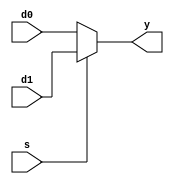

`default_nettype none

module mux21 (y, d1, d0, s);
	// Parameters
	parameter W = 8;
	
	// Outputs
	output wire [W - 1 : 0] y;

	// Inputs
	input wire [W - 1 : 0]	d1, d0;
	input wire s;

	// Dataflow Description of module
	assign y = s ? d1 : d0;
endmodule